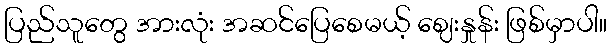
ပြည်သူတွေ အားလုံး အဆင်ပြေစေမယ့် ဈေးနှုန်း ဖြစ်မှာပါ။